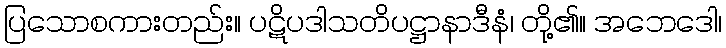
ပြသောစကားတည်း။ ပဋိပဒါသတိပဋ္ဌာနာဒီနံ၊ တို့၏။ အဘေဒေါ၊